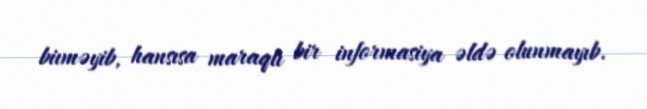
biıməyib, hansısa maraqlı bir informasiya əldə olunmayıb.